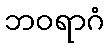
ဘဝရာဂံ